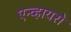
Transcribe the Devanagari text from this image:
एन्व्हायरो